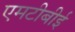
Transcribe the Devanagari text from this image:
एमटीबीई